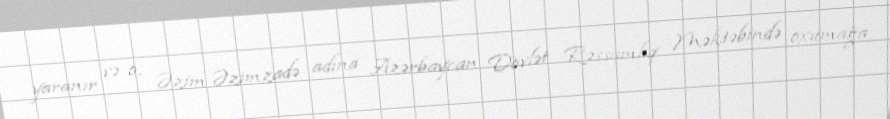
yaranır və o, Əzim Əzimzadə adına Azərbaycan Dövlət Rəssamlıq Məktəbində oxumağa